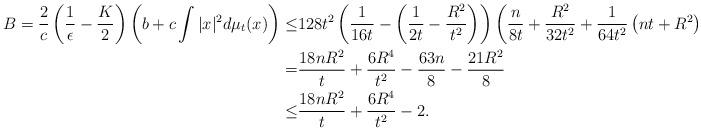
LaTeX: \begin{align*}B=\frac{2}{c}\left(\frac{1}{\epsilon}-\frac{K}{2}\right)\left(b+c\int|x|^2d\mu_t(x)\right)\leq&128t^2\left(\frac{1}{16t}-\left(\frac{1}{2t}-\frac{R^2}{t^2}\right)\right)\left(\frac{n}{8t}+\frac{R^2}{32t^2}+\frac{1}{64t^2}\left(nt+R^2\right)\right)\\=&\frac{18nR^2}{t}+\frac{6R^4}{t^2}-\frac{63n}{8}-\frac{21R^2}{8}\\\leq&\frac{18nR^2}{t}+\frac{6R^4}{t^2}-2.\end{align*}